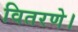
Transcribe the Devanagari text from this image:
वितरणे।